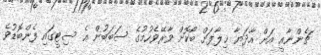
ޗެންނާއީ އަށް އާދަޔާ ޚިލާފަށް ބޯކޮށް ވާރޭވެހުމުގެ ސަބަބުން އެ ސިޓީގައި ފެންބޮޑުވެ